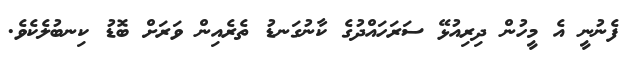
ފެނުނީ އެ މީހުން ދިރިއުޅޭ ސަރަހައްދުގެ ކާނުގަނޑު ތެރެއިން ވަރަށް ބޮޑު ކިނބުލެކެވެ.